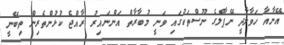
އޭނާއާ ހަވާލާދީ ނޭޕާލްގެ ނޫސްތަކުގައި ވަނީ މުބާރާތް އަންނައިރު ރާއްޖެ ކުޅުންތެރިން ތިބޭނީ